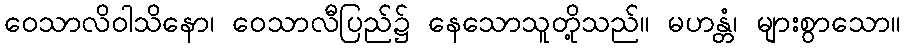
ဝေသာလိဝါသိနော၊ ဝေသာလီပြည်၌ နေသောသူတို့သည်။ မဟန္တံ၊ များစွာသော။